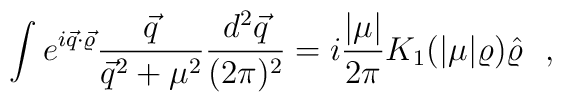
\int e^{i\vec q\cdot\vec \varrho} \frac{\vec q}                                    {\vec q ^2 + \mu ^2}                            \frac{d^2\vec q}{(2\pi)^2}   = i\frac{|\mu|}{2\pi} K_1(|\mu|\varrho)\hat\varrho ~~,